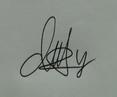
Signature authenticity: genuine